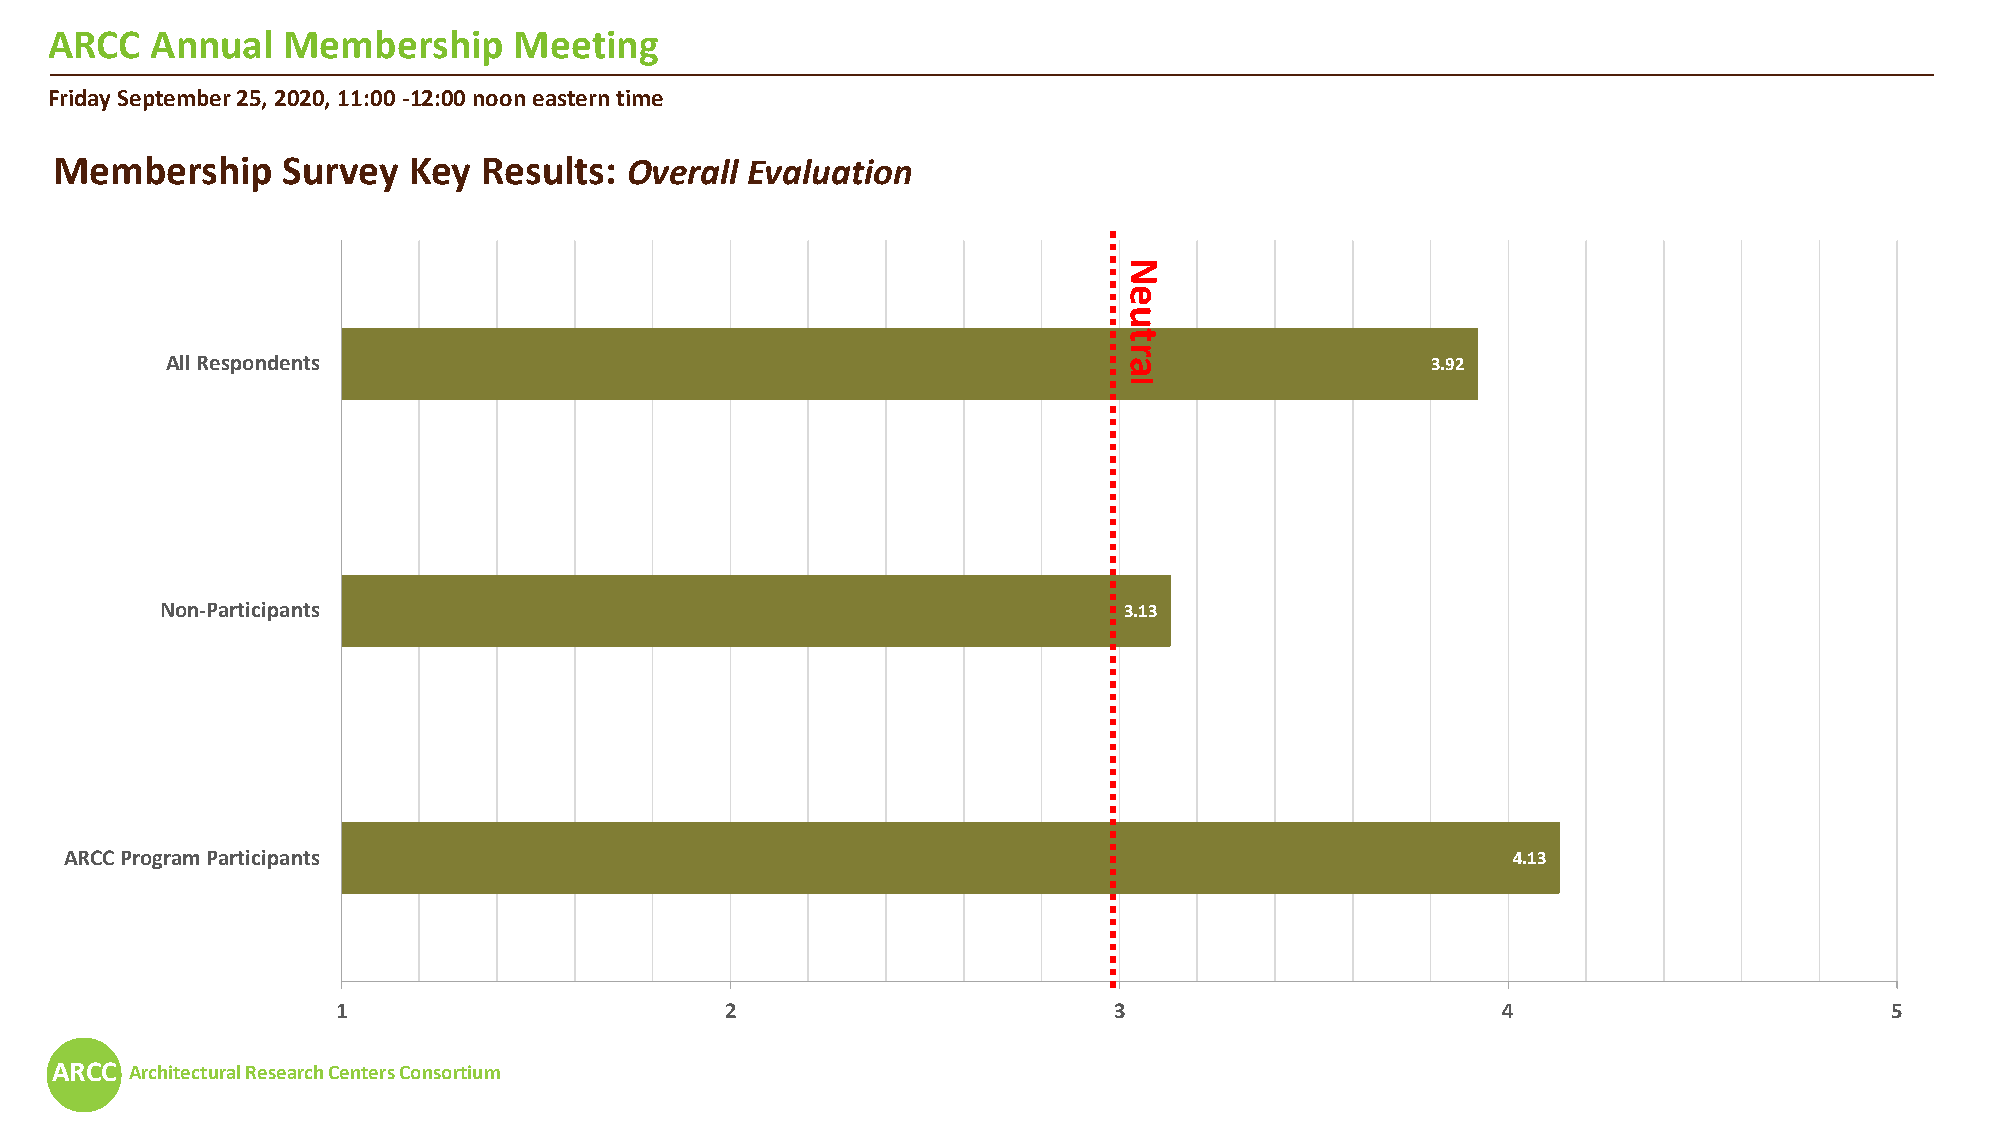
ARCC   Annual   Membership     Meeting
 Friday September 25, 2020, 11:00 -12:00 noon eastern time
 Membership      Survey  Key  Results: Overall Evaluation
 All Respondents                                                                     3.92
 Non-Participants                                               3.13
 ARCC Program Participants                                                                       4.13
 1                         2                         3                        4                         5
 ARCC  Architectural Research Centers Consortium
 Neutral